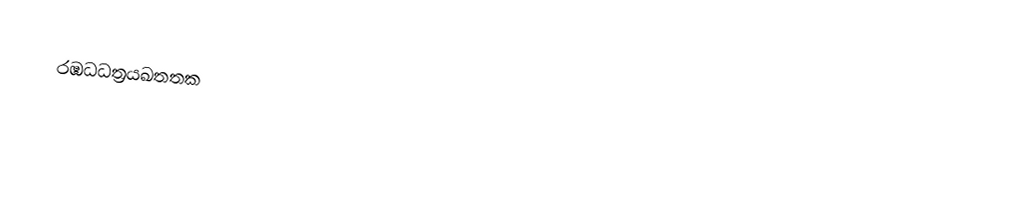
රඹධධත්‍රයඛතතක